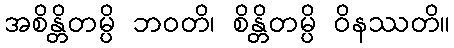
အစိန္တိတမ္ပိ ဘဝတိ၊ စိန္တိတမ္ပိ ဝိနဿတိ။